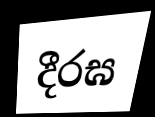
දීරඝ